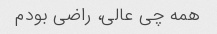
همه چی عالی، راضی بودم